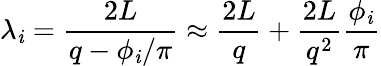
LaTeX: \lambda_{\mathit{i}}=\frac{{2L}}{{q-\phi_{\mathit{i}}/\pi}}\approx\frac{{2L}}{{q}}+\frac{{2L}}{{q^{2}}}\frac{{\phi_{\mathit{i}}}}{{\pi}}